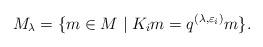
LaTeX: \begin{align*}M_{\lambda} =\{m \in M \mid K_{i}m = q^{(\lambda, \varepsilon_{i})}m \}.\end{align*}